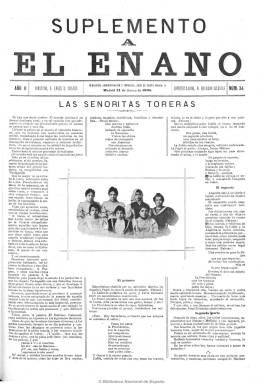
Título: Suplemento a "El Enano"
Otros títulos: Enano (Suplemento extraordinario)
Colección: Toros
Ámbito geográfico: Madrid
Lugar de publicación: Madrid
Fechas: 21/03/1895-26/04/1900

Publicación con numeración propia, de cuatro páginas e ilustrada, dedicada al mundo de la tauromaquia, que aparecía los lunes, un día después que su cabecera principal. Ángel R. Chaves compaginó la dirección de este suplemento con El enano, que en esta época era propiedad de Eduardo Iglesias, quien había sido su administrador y que aparecerá como “fundador” de la publicación, aunque verdaderamente quien la había fundado fue José Carmona y Jiménez en 1851. Publica las crónicas y telegramas de las corridas, tanto las celebradas en las distintas provincias españolas, como en Hispanoamérica, Portugal y el mediodía francés. También incluye una revista de prensa y anuncios comerciales. Debió comenzar a tirarse a finales de 1894.